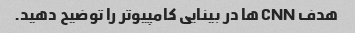
هدف CNN ها در بینایی کامپیوتر را توضیح دهید.